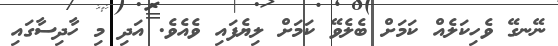
ނޭނގޭ ވެހިކަލެއް ކަމަށް ބެލެވޭ ކަމަށް ލިޔެފައި ވެއެވެ. އަދި މި ހާދިސާގައި